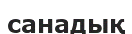
санадық